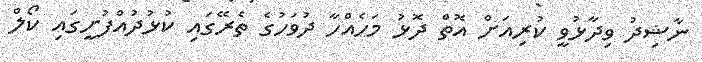
ނާޝިދު ވިދާޅުވީ ކުރިއަށް އޮތް ދޮޅު މަހެއްހާ ދުވަހުގެ ތެރޭގައި ކުޅުދުއްފުށީގައި ކޯލް